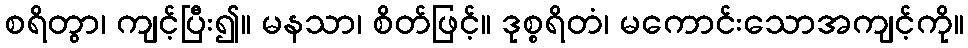
စရိတွာ၊ ကျင့်ပြီး၍။ မနသာ၊ စိတ်ဖြင့်။ ဒုစ္စရိတံ၊ မကောင်းသောအကျင့်ကို။